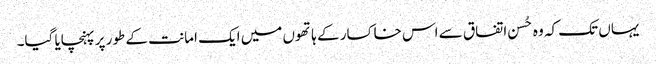
یہاں تک کہ وہ حُسن اتفاق سے اس خاکسار کے ہاتھوں میں ایک امانت کے طور پر پہنچایا گیا۔